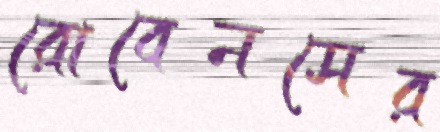
রোবেনসের